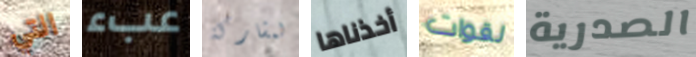
التي عبء لمشاركة أخذناها لقوات الصدرية